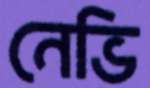
নেভি